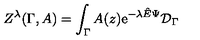
Z ^ { \lambda } ( \Gamma , A ) = \int _ { \Gamma } A ( z ) \mathrm { e } ^ { - \lambda { \hat { E } } \Psi } { \cal D } _ { \Gamma }